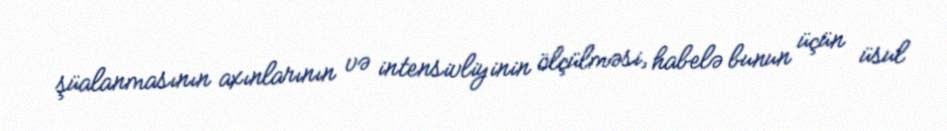
şüalanmasının axınlarının və intensivliyinin ölçülməsi, habelə bunun üçün üsul